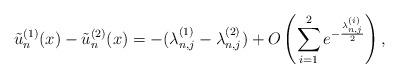
LaTeX: \begin{align*}\begin{aligned}&\tilde{u}_n^{(1)}(x)-\tilde{u}_n^{(2)}(x)= -(\lambda_{n,j}^{(1)}-\lambda_{n,j}^{(2)}) +O\left( \sum_{i=1}^2e^{-\frac{\lambda_{n,j}^{(i)}}{2}}\right),\end{aligned}\end{align*}